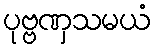
ပုဗ္ဗဏှသမယံ